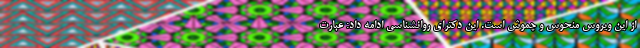
از این ویروس منحوس و چموش است. این دکترای روانشناسی ادامه داد: عبارت